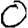
Digit: 0